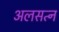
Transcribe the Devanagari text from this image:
अलसत्न